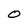
Character: O